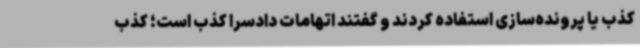
کذب یا پرونده‌سازی استفاده کردند و گفتند اتهامات دادسرا کذب است؛ کذب